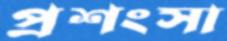
প্রশংসা